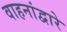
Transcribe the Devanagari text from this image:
वाहनांद्वारे